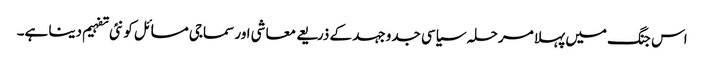
اس جنگ میں پہلا مرحلہ سیاسی جدوجہد کے ذریعے معاشی اور سماجی مسائل کو نئی تفہیم دینا ہے۔